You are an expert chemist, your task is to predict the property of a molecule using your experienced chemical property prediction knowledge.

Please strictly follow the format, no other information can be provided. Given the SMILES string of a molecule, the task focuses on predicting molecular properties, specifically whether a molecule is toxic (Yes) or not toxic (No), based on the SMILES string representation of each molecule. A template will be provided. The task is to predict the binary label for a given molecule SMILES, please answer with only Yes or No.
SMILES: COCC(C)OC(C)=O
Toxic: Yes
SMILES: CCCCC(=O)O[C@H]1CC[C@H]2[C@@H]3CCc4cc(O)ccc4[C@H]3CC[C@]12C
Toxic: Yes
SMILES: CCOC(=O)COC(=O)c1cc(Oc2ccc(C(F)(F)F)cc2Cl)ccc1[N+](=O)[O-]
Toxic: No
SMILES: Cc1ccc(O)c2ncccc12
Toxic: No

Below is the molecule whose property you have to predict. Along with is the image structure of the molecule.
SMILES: CC1=C(C(=O)OCCN(Cc2ccccc2)c2ccccc2)C(c2cccc([N+](=O)[O-])c2)C(P2(=O)OCC(C)(C)CO2)=C(C)N1
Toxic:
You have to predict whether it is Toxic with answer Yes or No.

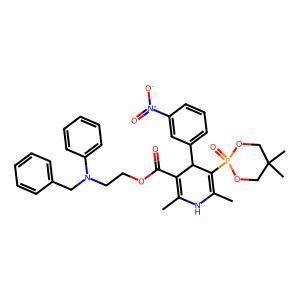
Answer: No